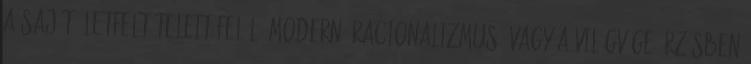
a saját életfeltételeit felélő modern „racionalizmus” vagy a világvége-érzésben